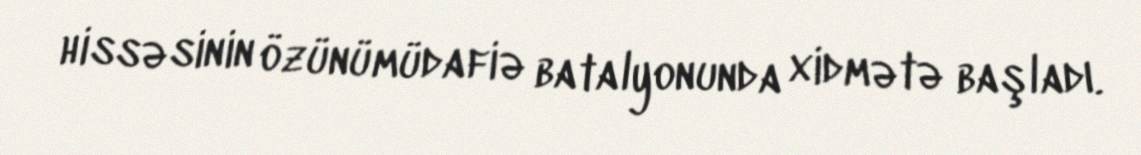
hissəsinin özünümüdafiə batalyonunda xidmətə başladı.